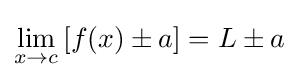
\lim _{x\to c}\,[f(x)\pm a]=L\pm a